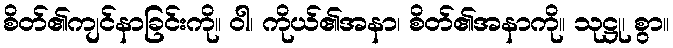
စိတ်၏ကျင်နာခြင်းကို။ ဝါ၊ ကိုယ်၏အနာ၊ စိတ်၏အနာကို။ သုဋ္ဌု၊ စွာ။